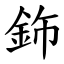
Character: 鉓